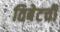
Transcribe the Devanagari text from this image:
तिबेटची